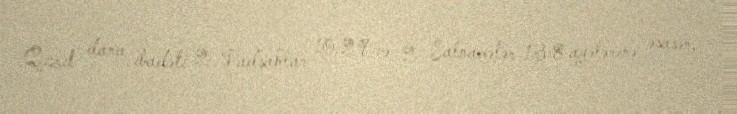
Qızıl dana ibadəti 2 Padşahlar 10:29 və 2 Salnamələr 13:8 ayələrinə əsasən,